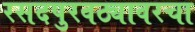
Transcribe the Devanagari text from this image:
रसदपुरवठ्यावरचा